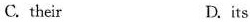
C. their D. its